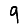
Digit: 9